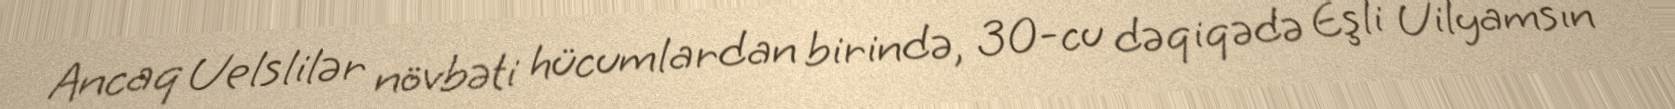
Ancaq Uelslilər növbəti hücumlardan birində, 30-cu dəqiqədə Eşli Uilyamsın